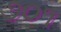
૭૦૧